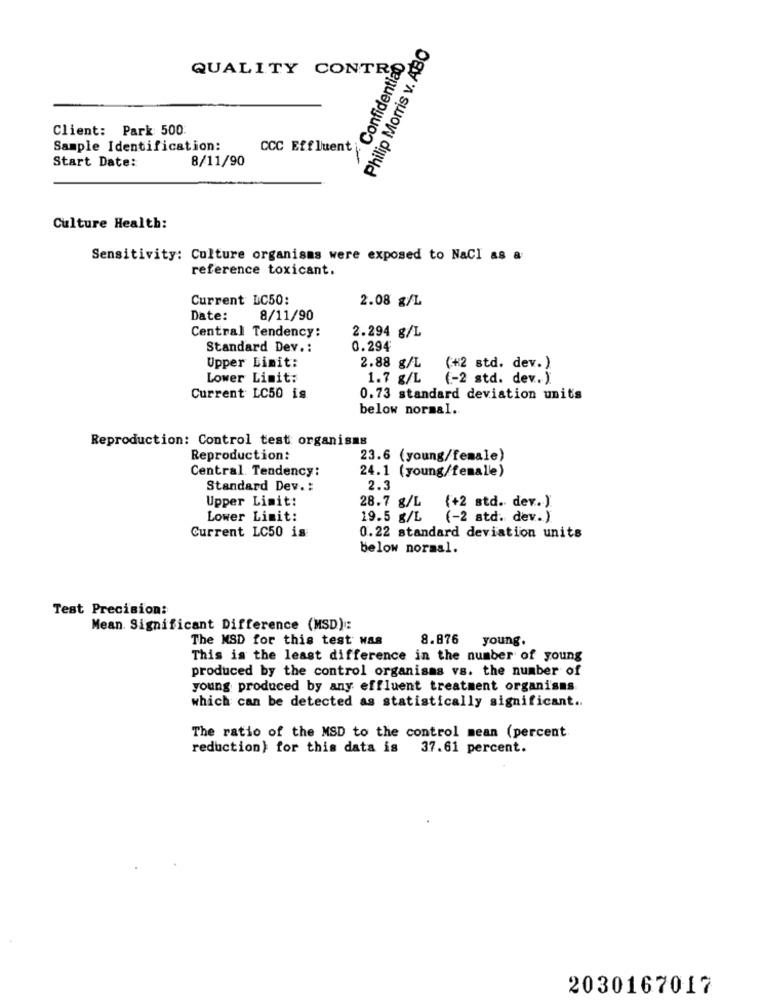
Philip Morris v. ABO
Confidential
QUALITY CONTRO
Client: Park: 500
Sample Identification:
CCC Effluent
Start Date:
8/11/90
Culture Health:
Sensitivity: Culture organisms were exposed to NaCI as a
reference toxicant.
Current LC50:
2.08 g/L
Date:
8/11/90
Central Tendency:
2.294 g/L
Standard Dev .:
0.294
Upper Limit:
2.88 g/L
(+2 std. dev. )
Lower Limit:
1.7 g/L
(-2 std. dev. ).
Current LC50 is
0.73 standard deviation units
below normal.
Reproduction: Control test organisms
Reproduction:
23.6 (young/female)
Central Tendency:
24.1 (young/female)
Standard Dev .:
2.3
Upper Limit:
28.7 g/L
(+2 std. dev. )
Lower Limit:
19.5 g/L
(-2 std. dev.)
Current LC50 is
0.22 standard deviation units
below normal.
Test Precision:
Mean Significant Difference (MSD):
The MSD for this test was
8.876 young.
This is the least difference in the number of young
produced by the control organisms vs. the number of
young produced by any effluent treatment organisms
which can be detected as statistically significant ..
The ratio of the MSD to the control mean (percent
reduction} for this data is 37.61 percent.
2030167017